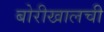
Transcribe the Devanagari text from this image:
बोरीखालची